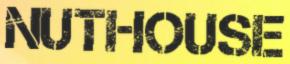
NUTHOUSE